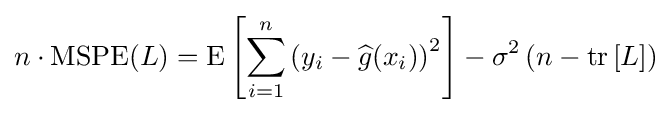
n\cdot \operatorname {MSPE} (L)=\operatorname {E} \left[\sum _{i=1}^{n}\left(y_{i}-{\widehat {g}}(x_{i})\right)^{2}\right]-\sigma ^{2}\left(n-\operatorname {tr} \left[L\right]\right)